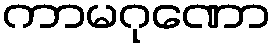
ကာမဂုဏော